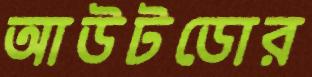
আউটডোর